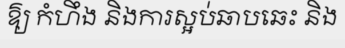
ឱ្យ កំហឹង និងការស្អប់ឆាបឆេះ និង